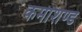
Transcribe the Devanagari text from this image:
कमीशण्ड